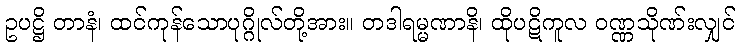
ဥပဋ္ဌိ တာနံ၊ ထင်ကုန်သောပုဂ္ဂိုလ်တို့အား။ တဒါရမ္မဏာနိ၊ ထိုပဋိကူလ ဝဏ္ဏသိုဏ်းလျှင်